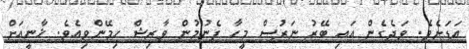
އަޑަށެވެ. ވަދެގެން އައި ބޭރު ނަރުސް މީހާ ފެނުމުން ވާރިޝް ހިމޭންވިއެވެ. ޚާނީއަށް